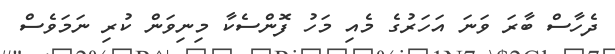
ދެހާސް ބާރަ ވަނަ އަހަރުގެ މެއި މަހު ފޮންސެކާ މިނިވަން ކުރި ނަމަވެސް